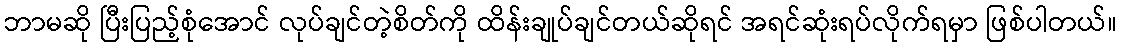
ဘာမဆို ပြီးပြည့်စုံအောင် လုပ်ချင်တဲ့စိတ်ကို ထိန်းချုပ်ချင်တယ်ဆိုရင် အရင်ဆုံးရပ်လိုက်ရမှာ ဖြစ်ပါတယ်။